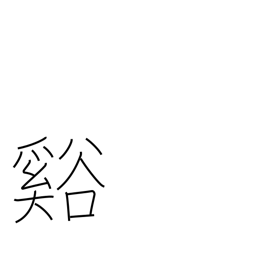
Meaning: valley